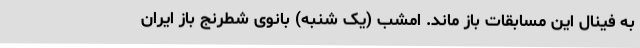
به فینال این مسابقات باز ماند. امشب (یک شنبه) بانوی شطرنج باز ایران